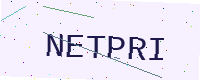
Text: NETPRI